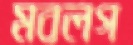
মবলগ